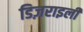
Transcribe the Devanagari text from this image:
डिज़राइली